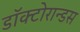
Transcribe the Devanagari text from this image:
डॉक्टोरान्डस